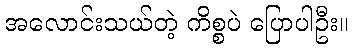
အလောင်းသယ်တဲ့ ကိစ္စပဲ ပြောပါဦး။